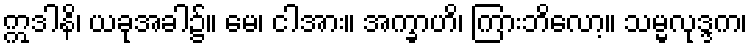
ဣဒါနိ၊ ယခုအခါ၌။ မေ၊ ငါအား။ အက္ခာဟိ၊ ကြားဘိလော့။ သမ္မလုဒ္ဒက၊